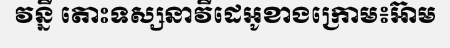
វន្នី តោះទស្សនាវីដេអូខាងក្រោម៖អ៊ាម